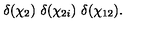
\delta ( \chi _ { 2 } ) \ \delta ( \chi _ { 2 i } ) \ \delta ( \chi _ { 1 2 } ) .